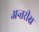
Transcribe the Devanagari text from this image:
अन्तरीक्ष